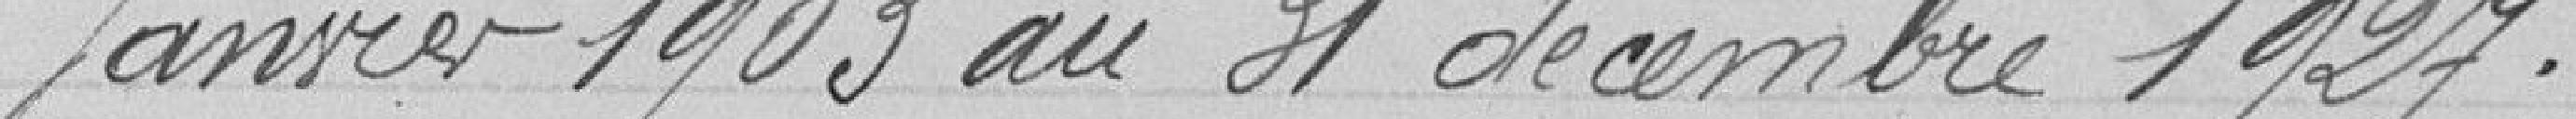
janvier 1903 au 31 décembre 1927.